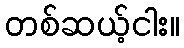
တစ်ဆယ့်ငါး။